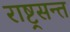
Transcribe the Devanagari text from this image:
राष्ट्रसन्त